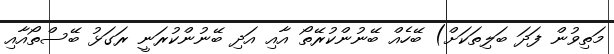
މަތިވުން ފަދަ ބަލިތަކަށް) ބޭހެއް ބޭނުންކުރޭތޯ އާއި އަދި ބޭނުންކުރަނީ ރަގަޅު ބޭސްތޯއާއި